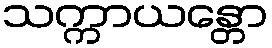
သက္ကာယန္တော